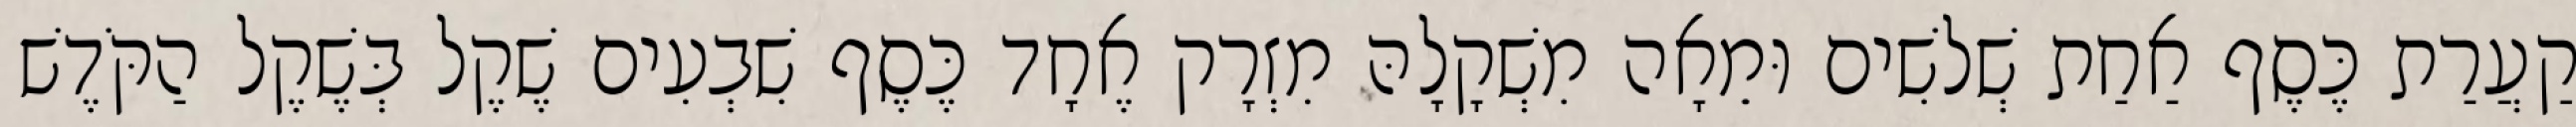
קַעֲרַת כֶּסֶף אַחַת שְׁלשִׁים וּמֵאָה מִשְׁקָלָהּ מִזְרָק אֶחָד כֶּסֶף שִׁבְעִים שֶׁקֶל בְּשֶׁקֶל הַקֹּדֶשׁ